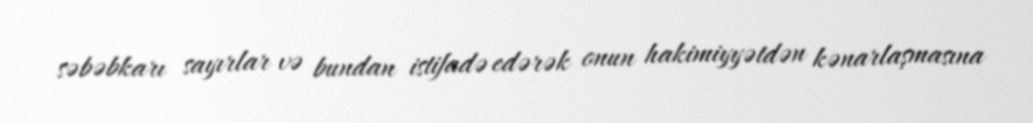
səbəbkarı sayırlar və bundan istifadə edərək onun hakimiyyətdən kənarlaşmasına